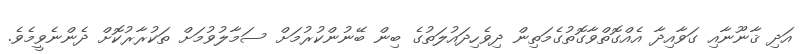
އަދި ޤާނޫނާއި ގަވާއިދާ އެއްގޮތްވާގޮތުގެމަތިން ދިވެހިދައުލަތުގެ ބިން ބޭނުންކުރުމަށް ސަމާލުވުމަށް ތަކުރާރުކޮށް ދެންނެވީމެވެ.